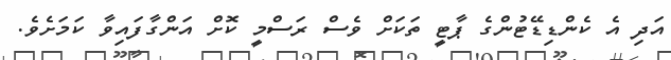
އަދި އެ ކެންޑިޑޭޓުންގެ ޕާޓީ ތަކަށް ވެސް ރަސްމީ ކޮށް އަންގާފައިވާ ކަމަށެވެ.